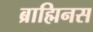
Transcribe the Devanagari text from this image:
ब्राह्मिनस